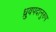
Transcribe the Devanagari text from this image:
ध्रुवपदानुरुप